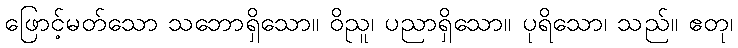
ဖြောင့်မတ်သော သဘောရှိသော။ ဝိညူ၊ ပညာရှိသော။ ပုရိသော၊ သည်။ ဧတု၊